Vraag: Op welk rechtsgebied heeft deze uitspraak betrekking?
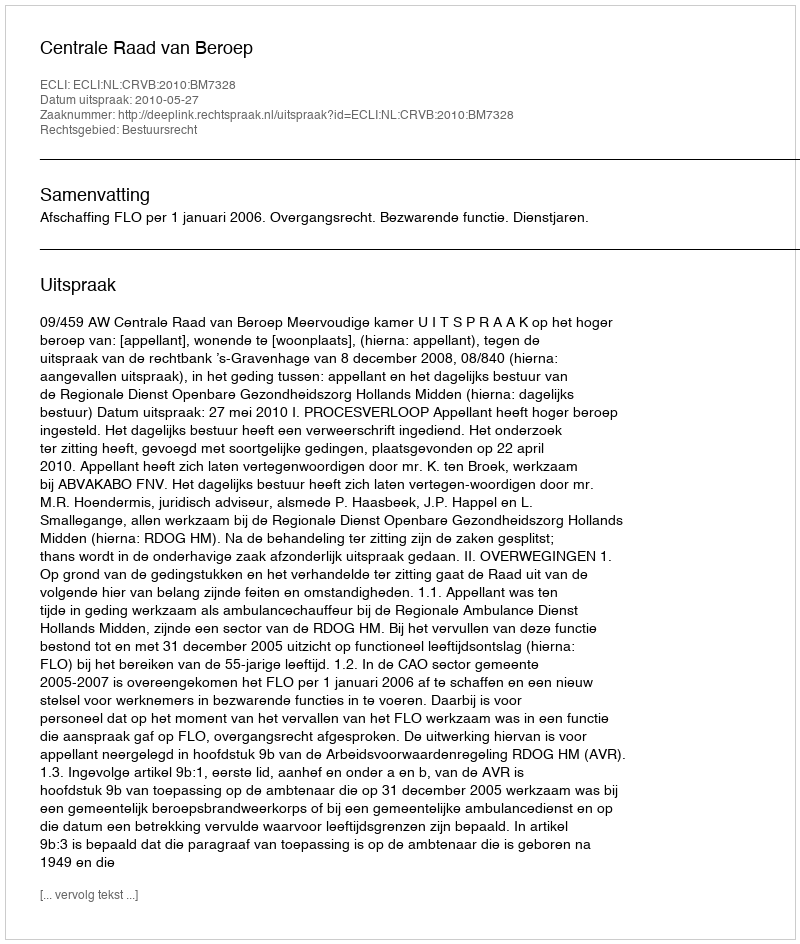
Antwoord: Bestuursrecht